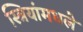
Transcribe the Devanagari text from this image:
स्त्रियांमधले